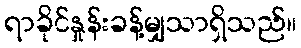
ရာခိုင်နှုန်းခန့်မျှသာရှိသည်။